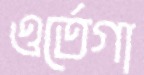
ওর্তেগা